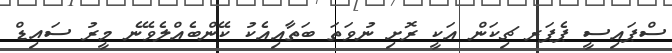
ސްޕައިސީ ޕެޕަރ ޗިކަން އަކީ ރޮށި ނުވަތަ ބަތާއިއެކު ކޭންބެއްލެވޭނެ މީރު ސައިޑް